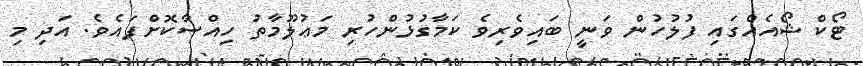
ޓޯކް ޝޯއެއްގައި ފުލުހުން ވަނީ ބައިވެރިވެ ކަމާގުޅުންހުރި މަޢުލޫމާތު ހިއްސާކޮށްފައެވެ. އަދި މި